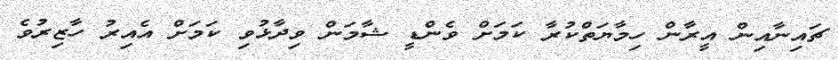
ޗައިނާއިން އީރާން ހިމާޔަތްކުރާ ކަމަށް ވެންޑީ ޝާމަން ވިދާޅުވި ކަމަށް އެއިރު ހާޒިރުވެ